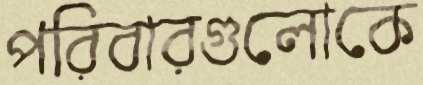
পরিবারগুলোকে